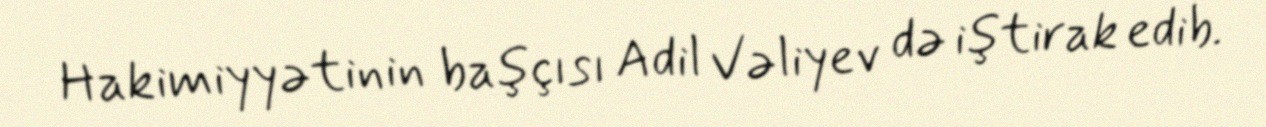
Hakimiyyətinin başçısı Adil Vəliyev də iştirak edib.